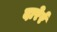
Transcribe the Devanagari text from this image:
दारेर्र